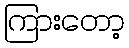
ကြားတော့